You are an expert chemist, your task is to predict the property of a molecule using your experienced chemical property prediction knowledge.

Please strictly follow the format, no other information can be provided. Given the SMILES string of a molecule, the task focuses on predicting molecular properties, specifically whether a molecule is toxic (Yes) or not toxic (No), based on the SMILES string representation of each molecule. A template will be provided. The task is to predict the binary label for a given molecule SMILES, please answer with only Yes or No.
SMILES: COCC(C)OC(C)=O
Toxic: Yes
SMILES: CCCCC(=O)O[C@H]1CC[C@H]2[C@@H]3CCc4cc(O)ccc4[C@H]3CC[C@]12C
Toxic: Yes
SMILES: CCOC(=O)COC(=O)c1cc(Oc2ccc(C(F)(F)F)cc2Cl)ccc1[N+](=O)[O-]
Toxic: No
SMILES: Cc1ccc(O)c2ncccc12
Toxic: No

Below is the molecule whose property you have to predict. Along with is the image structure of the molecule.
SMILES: CCCCCCc1ccc(N)cc1
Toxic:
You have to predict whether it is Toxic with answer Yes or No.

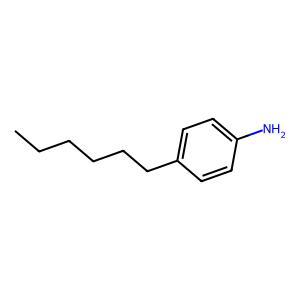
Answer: No